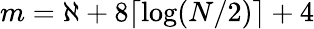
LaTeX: m=\aleph+8\lceil\log(N/2)\rceil+4